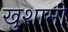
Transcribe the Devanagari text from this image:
खुशामी